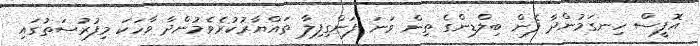
އޮފީސް ހިނގަމުންދާ ފެން ބިލްޑިންގެ ތިން ވަނަ ފަންގިފިލާ ތައްޔާރުކުރެވެމުންދާ ވާހަކަ މިފުރުސަތުގައި